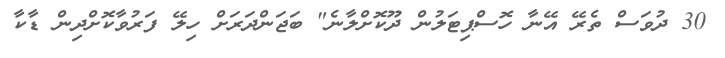
30 ދުވަސް ތެރޭ އޭނާ ހޮސްޕިޓަލުން ދޫކޮށްލާނެ" ބަޖަންދަރަށް ހިލޭ ފަރުވާކޮށްދިން ޑާކާ